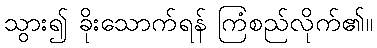
သွား၍ ခိုးသောက်ရန် ကြံစည်လိုက်၏။